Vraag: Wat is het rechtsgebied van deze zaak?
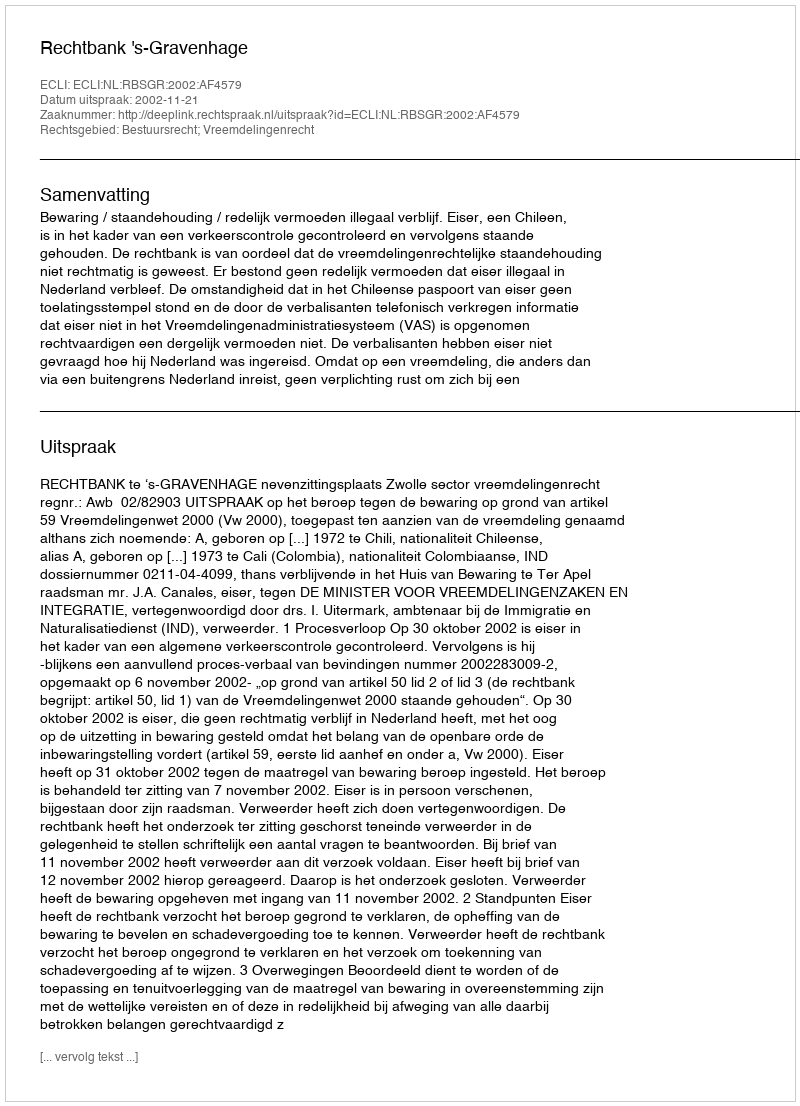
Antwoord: Bestuursrecht; Vreemdelingenrecht